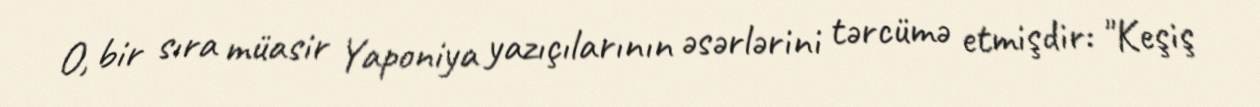
O, bir sıra müasir Yaponiya yazıçılarının əsərlərini tərcümə etmişdir: "Keşiş